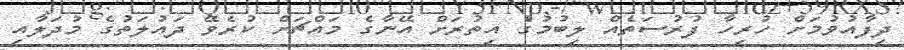
ދިފާއުވުމަށް ހުރިހާ ފުރުސަތެއް ލިބުމުގެ އިތުރަށް އޭނާގެ މައްޗަށް ކުރެވޭ ދައުލަތުގެ މުދަލާއި